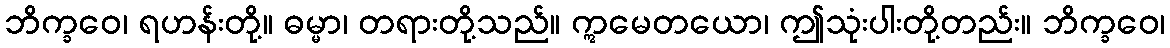
ဘိက္ခဝေ၊ ရဟန်းတို့။ ဓမ္မာ၊ တရားတို့သည်။ ဣမေတယော၊ ဤသုံးပါးတို့တည်း။ ဘိက္ခဝေ၊